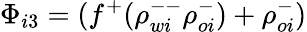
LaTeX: \Phi_{i3}=(f^{+}(\rho_{wi}^{--}\rho_{oi}^{-})+\rho_{oi}^{-})